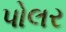
પોલર